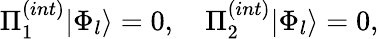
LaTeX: \Pi_{1}^{(int)}|\Phi_{l}\rangle=0,\quad\Pi_{2}^{(int)}|\Phi_{l}\rangle=0,